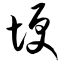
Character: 埂